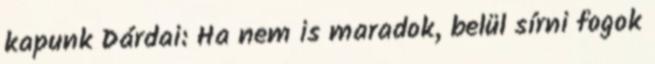
kapunk Dárdai: Ha nem is maradok, belül sírni fogok